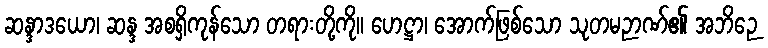
ဆန္ဒာဒယော၊ ဆန္ဒ အစရှိကုန်သော တရားတို့ကို။ ဟေဋ္ဌာ၊ အောက်ဖြစ်သော သုတမဉာဏ်၏ အဘိဉေ